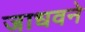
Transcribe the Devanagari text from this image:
जाधवने